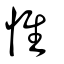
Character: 惟